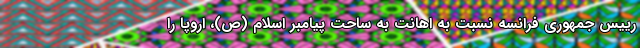
رییس جمهوری فرانسه نسبت به اهانت به ساحت پیامبر اسلام (ص)، اروپا را